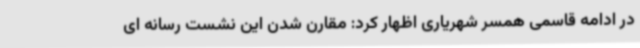
در ادامه قاسمی همسر شهریاری اظهار کرد: مقارن شدن این نشست رسانه ای